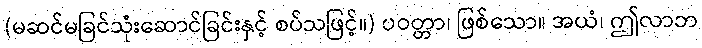
(မဆင်မခြင်သုံးဆောင်ခြင်းနှင့် စပ်သဖြင့်။) ပဝတ္တာ၊ ဖြစ်သော။ အယံ၊ ဤလာဘ